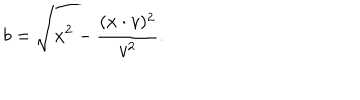
b = \sqrt { x ^ { 2 } - \frac { ( x \cdot v ) ^ { 2 } } { v ^ { 2 } } } .